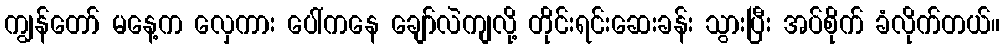
ကျွန်တော် မနေ့က လှေကား ပေါ်ကနေ ချော်လဲကျလို့ တိုင်းရင်းဆေးခန်း သွားပြီး အပ်စိုက် ခံလိုက်တယ်။